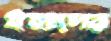
ইহাদের